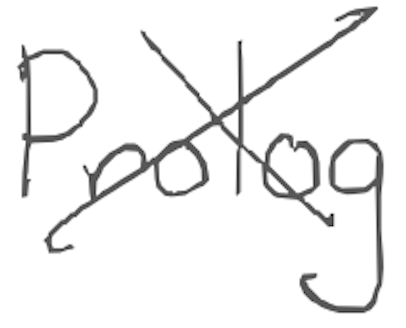
Text: Prolog
Cross-out: cross
Writing tool: digital_gray